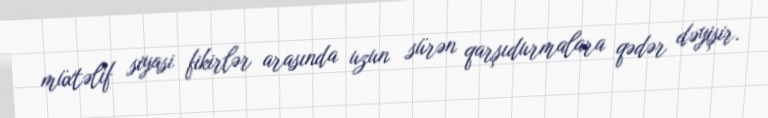
müxtəlif siyasi fikirlər arasında uzun sürən qarşıdurmalara qədər dəyişir.